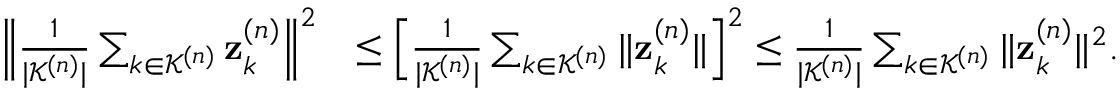
\begin{array} { r l } { \Big \| \frac { 1 } { | \mathcal { K } ^ { ( n ) } | } \sum _ { k \in \mathcal { K } ^ { ( n ) } } \mathbf { z } _ { k } ^ { ( n ) } \Big \| ^ { 2 } } & { \leq \Big [ \frac { 1 } { | \mathcal { K } ^ { ( n ) } | } \sum _ { k \in \mathcal { K } ^ { ( n ) } } \| \mathbf { z } _ { k } ^ { ( n ) } \| \Big ] ^ { 2 } \leq \frac { 1 } { | \mathcal { K } ^ { ( n ) } | } \sum _ { k \in \mathcal { K } ^ { ( n ) } } \| \mathbf { z } _ { k } ^ { ( n ) } \| ^ { 2 } . } \end{array}